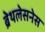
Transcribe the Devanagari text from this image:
ब्रेथलेसनेस